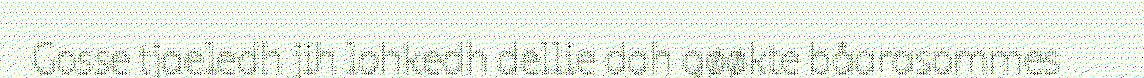
Gosse tjaeledh jih lohkedh dellie dah gøøkte båarasommes